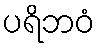
ပရိဘဝံ